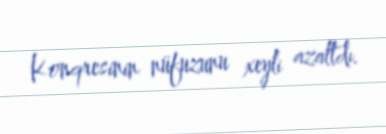
Konqresinin nüfuzunu xeyli azaltdı.